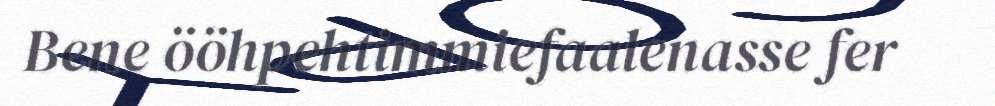
Bene ööhpehtimmiefaalenasse fer